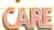
CARE